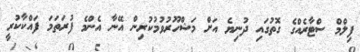
ފިލްމް ސްޓާރެއްގެ ގޮތުގައި ދުނިޔެ އަށް މަޝްހޫރުވުމުކުރިން އޭނާ އެންމެ ފުރަތަމަ ފައްކާކުރީ